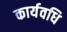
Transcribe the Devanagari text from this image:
कार्यवधि